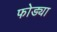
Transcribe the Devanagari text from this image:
फोड्या